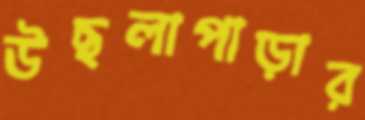
উছলাপাড়ার